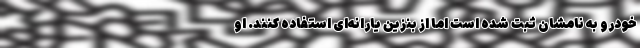
خودرو به نامشان ثبت شده است اما از بنزین یارانه‌ای استفاده کنند. او